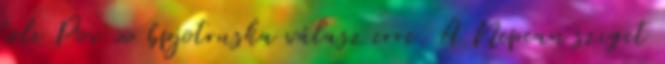
tole Pov » bpjotruska válasz erre. A Nepean sziget